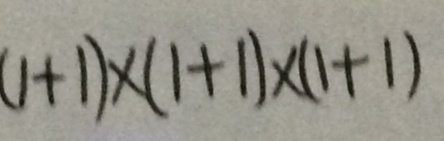
( 1 + 1 ) \times ( 1 + 1 ) \times ( 1 + 1 )